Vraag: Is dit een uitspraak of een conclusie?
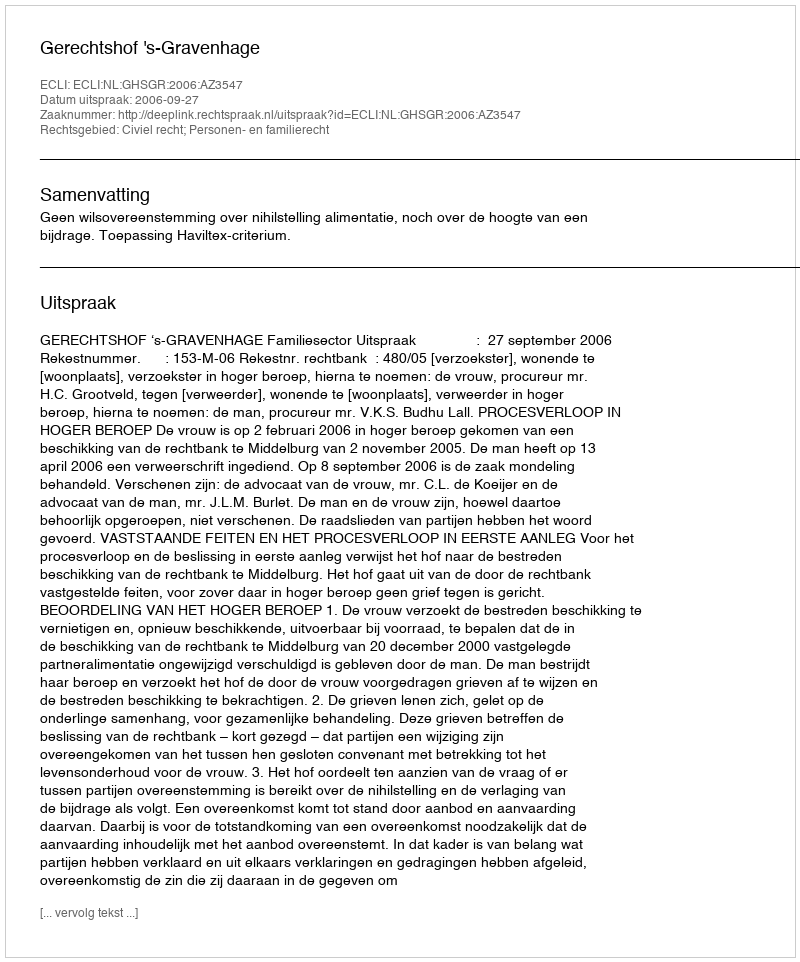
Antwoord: Uitspraak